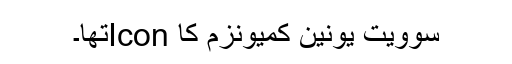
سوویت یونین کمیونزم کا Iconتھا۔